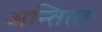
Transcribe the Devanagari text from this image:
अन्तिता